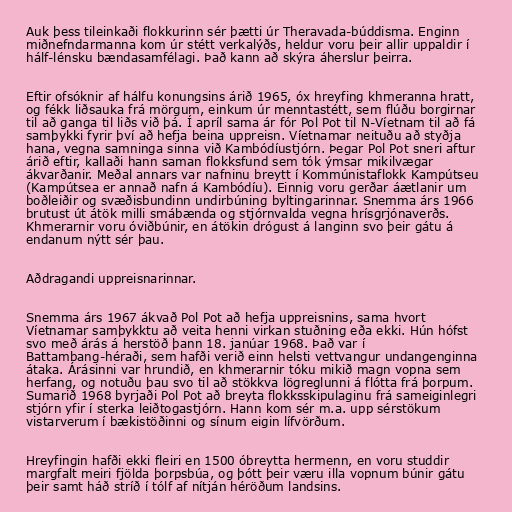
Auk þess tileinkaði flokkurinn sér þætti úr Theravada-búddisma. Enginn
miðnefndarmanna kom úr stétt verkalýðs, heldur voru þeir allir uppaldir í
hálf-lénsku bændasamfélagi. Það kann að skýra áherslur þeirra.

Eftir ofsóknir af hálfu konungsins árið 1965, óx hreyfing khmeranna hratt,
og fékk liðsauka frá mörgum, einkum úr menntastétt, sem flúðu borgirnar
til að ganga til liðs við þá. Í apríl sama ár fór Pol Pot til N-Víetnam til að fá
samþykki fyrir því að hefja beina uppreisn. Víetnamar neituðu að styðja
hana, vegna samninga sinna við Kambódíustjórn. Þegar Pol Pot sneri aftur
árið eftir, kallaði hann saman flokksfund sem tók ýmsar mikilvægar
ákvarðanir. Meðal annars var nafninu breytt í Kommúnistaflokk Kampútseu
(Kampútsea er annað nafn á Kambódíu). Einnig voru gerðar áætlanir um
boðleiðir og svæðisbundinn undirbúning byltingarinnar. Snemma árs 1966
brutust út átök milli smábænda og stjórnvalda vegna hrísgrjónaverðs.
Khmerarnir voru óviðbúnir, en átökin drógust á langinn svo þeir gátu á
endanum nýtt sér þau.

Aðdragandi uppreisnarinnar.

Snemma árs 1967 ákvað Pol Pot að hefja uppreisnins, sama hvort
Víetnamar samþykktu að veita henni virkan stuðning eða ekki. Hún hófst
svo með árás á herstöð þann 18. janúar 1968. Það var í
Battambang-héraði, sem hafði verið einn helsti vettvangur undangenginna
átaka. Árásinni var hrundið, en khmerarnir tóku mikið magn vopna sem
herfang, og notuðu þau svo til að stökkva lögreglunni á flótta frá þorpum.
Sumarið 1968 byrjaði Pol Pot að breyta flokksskipulaginu frá sameiginlegri
stjórn yfir í sterka leiðtogastjórn. Hann kom sér m.a. upp sérstökum
vistarverum í bækistöðinni og sínum eigin lífvörðum.

Hreyfingin hafði ekki fleiri en 1500 óbreytta hermenn, en voru studdir
margfalt meiri fjölda þorpsbúa, og þótt þeir væru illa vopnum búnir gátu
þeir samt háð stríð í tólf af nítján héröðum landsins.